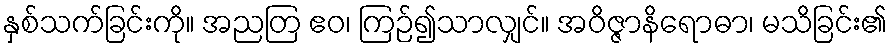
နှစ်သက်ခြင်းကို။ အညတြ ဧဝ၊ ကြဉ်၍သာလျှင်။ အဝိဇ္ဇာနိရောဓာ၊ မသိခြင်း၏